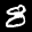
Label: 8